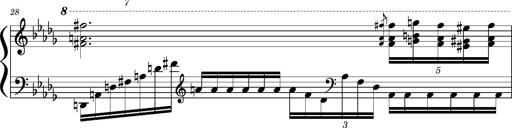
Title: Concerto sans orchestre, S.524a
Composer: Franz Liszt
Key: A major